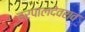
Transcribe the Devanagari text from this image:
हरपालदेवराव